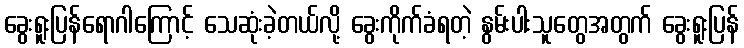
ခွေးရူးပြန်ရောဂါကြောင့် သေဆုံးခဲ့တယ်လို့ ခွေးကိုက်ခံရတဲ့ နွမ်းပါးသူတွေအတွက် ခွေးရူးပြန်